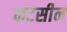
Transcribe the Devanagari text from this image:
कटसीन